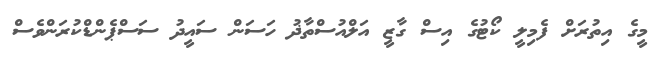
މީގެ އިތުރަށް ފެމިލީ ކޯޓުގެ އިސް ގާޒީ އަލްއުސްތާޛު ހަސަން ސައީދު ސަސްޕެންޑްކުރަންވެސް